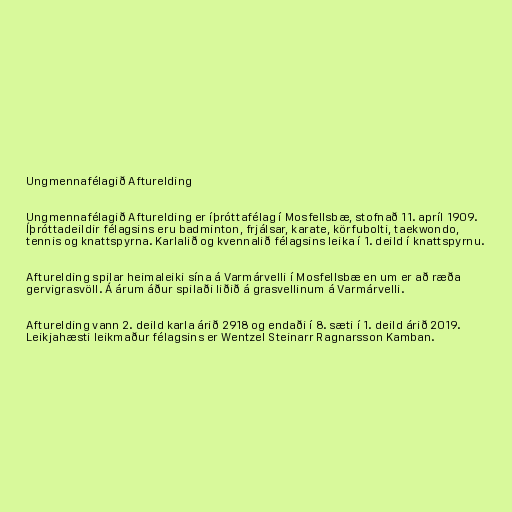
Ungmennafélagið Afturelding

Ungmennafélagið Afturelding er íþróttafélag í Mosfellsbæ, stofnað 11. apríl 1909.
Íþróttadeildir félagsins eru badminton, frjálsar, karate, körfubolti, taekwondo,
tennis og knattspyrna. Karlalið og kvennalið félagsins leika í 1. deild í knattspyrnu.

Afturelding spilar heimaleiki sína á Varmárvelli í Mosfellsbæ en um er að ræða
gervigrasvöll. Á árum áður spilaði liðið á grasvellinum á Varmárvelli.

Afturelding vann 2. deild karla árið 2918 og endaði í 8. sæti í 1. deild árið 2019.
Leikjahæsti leikmaður félagsins er Wentzel Steinarr Ragnarsson Kamban.